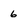
Character: 6